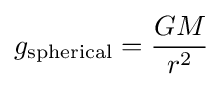
g_{\rm {spherical}}={\frac {GM}{r^{2}}}\,\!